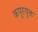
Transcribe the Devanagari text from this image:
कपूरयुक्त